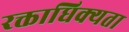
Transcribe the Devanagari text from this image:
रक्ताधिक्यता